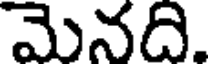
మెనది.